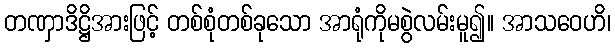
တဏှာဒိဋ္ဌိအားဖြင့် တစ်စုံတစ်ခုသော အာရုံကိုမစွဲလမ်းမူ၍။ အာသဝေဟိ၊